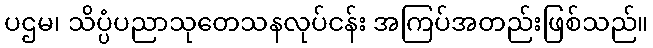
ပဌမ၊ သိပ္ပံပညာသုတေသနလုပ်ငန်း အကြပ်အတည်းဖြစ်သည်။